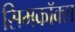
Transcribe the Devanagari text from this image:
सिमकॉक्स